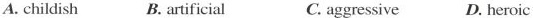
A. childish B. artificial C. aggressive D. heroic